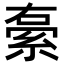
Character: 𮈓